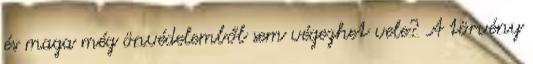
és maga még önvédelemből sem végezhet vele? A törvény